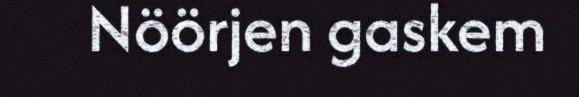
Nöörjen gaskem